Annual report on the working of the lock hospitals in the Central Provinces
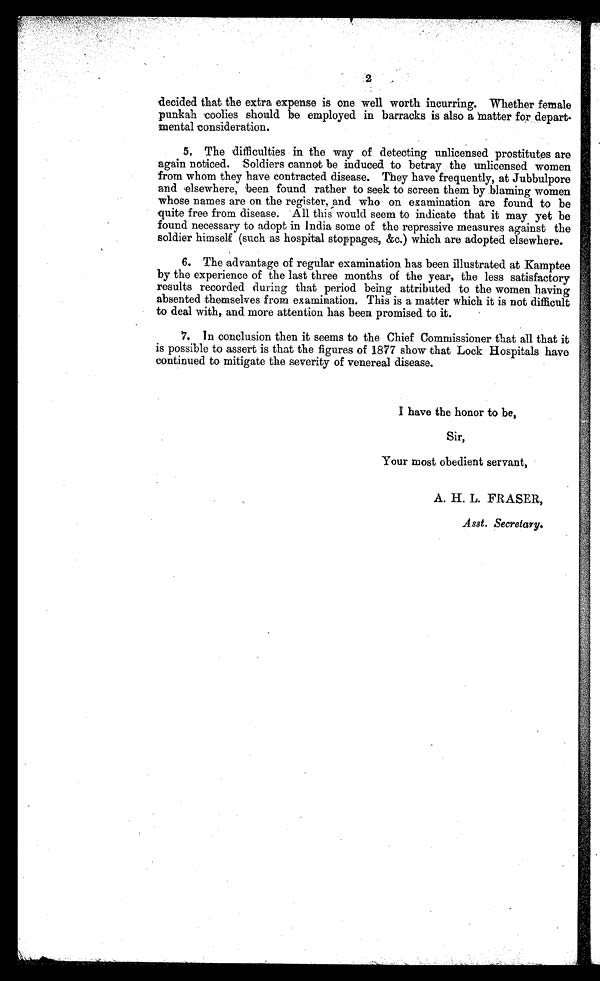
2
decided that the extra expense is one well worth incurring. Whether female
punkah coolies should be employed in barracks is also a matter for depart-
mental consideration.
5, The difficulties in the way of detecting unlicensed prostitutes are
again noticed. Soldiers cannot be induced to betray the unlicensed women
from whom they have contracted disease. They have frequently, at Jubbulpore
and elsewhere, been found rather to seek to screen them by blaming women
whose names are on the register, and who on examination are found to be
quite free from disease. All this would seem to indicate that it may yet be
found necessary to adopt in India some of the repressive measures against the
soldier himself (such as hospital stoppages, &c.) which are adopted elsewhere.
6. The advantage of regular examination has been illustrated at Kamptee
by the experience of the last three months of the year, the less satisfactory
results recorded during that period being attributed to the women having
absented themselves from examination. This is a matter which it is not difficult
to deal with, and more attention has been promised to it.
7.
I
n conclusion then it seems to the Chief Commissioner that all that it
is possible to assert is that the figures of 1877 show that Lock Hospitals have
continued to mitigate the severity of venereal disease.
I have the honor to be,
Sir,
Your most obedient servant,
A, H. L. FRASER,
Asst. Secretary.